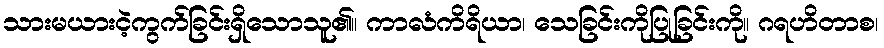
သားမယားငဲ့ကွက်ခြင်းရှိသောသူ၏။ ကာလံကိရိယာ၊ သေခြင်းကိုပြုခြင်းကို။ ဂရဟိတာစ၊